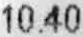
10.40